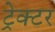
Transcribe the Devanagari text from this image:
ट्रेक्‍टर